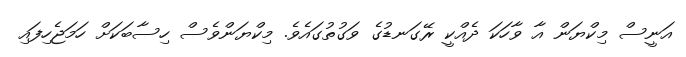
އަނީސް މިކްޔަން އާ ވާހަކަ ދެއްކީ ރޭގަނޑުގެ ވަގުތުގައެވެ. މިކްޔަންވެސް ހިސާބަކަށް ހަމަޖެހިފައި